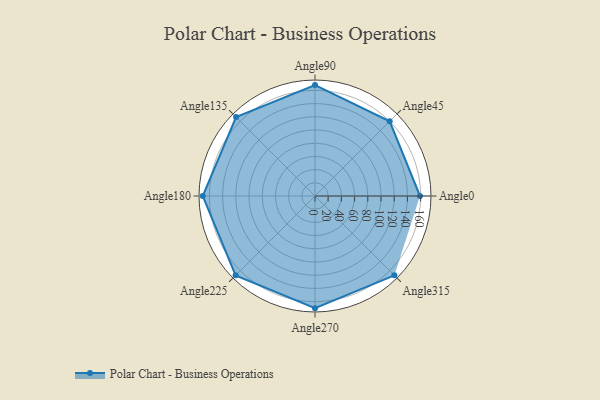
{"axis": {"x": "Angle", "y": "Radius"}, "legend": [""], "data": [{"x": "Angle0", "y": 159.0, "type": ""}, {"x": "Angle45", "y": 160.0, "type": ""}, {"x": "Angle90", "y": 168.0, "type": ""}, {"x": "Angle135", "y": 169.0, "type": ""}, {"x": "Angle180", "y": 170, "type": ""}, {"x": "Angle225", "y": 170, "type": ""}, {"x": "Angle270", "y": 170, "type": ""}, {"x": "Angle315", "y": 170, "type": ""}]}